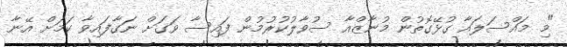
"މި މައްސަލައާ ގުޅޭގޮތުން މުނާޒްއާ ސުވާލުކުރުމުން ފައިސާ ވަގަށް ނަގާފައިވާ ކަމަށް އޭނާ